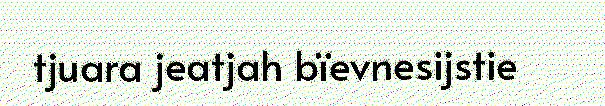
tjuara jeatjah bïevnesijstie